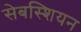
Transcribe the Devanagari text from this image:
सेबस्शियन